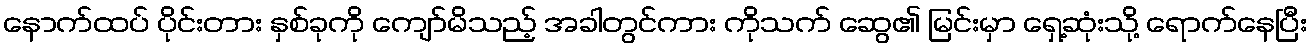
နောက်ထပ် ပိုင်းတား နှစ်ခုကို ကျော်မိသည့် အခါတွင်ကား ကိုသက် ဆွေ၏ မြင်းမှာ ရှေ့ဆုံးသို့ ရောက်နေပြီး